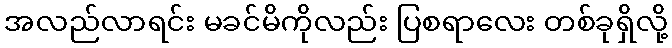
အလည်လာရင်း မခင်မိကိုလည်း ပြစရာလေး တစ်ခုရှိလို့